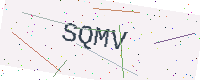
Text: SQMV